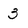
Character: 3